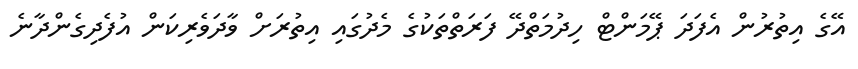
އޭގެ އިތުރުން އެފަދަ ޕޭމަންޓް ހިދުމަތްދޭ ފަރަތްތަކުގެ މެދުގައި އިތުރަށް ވާދަވެރިކަން އުފެދިގެންދާނެ